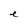
Character: e